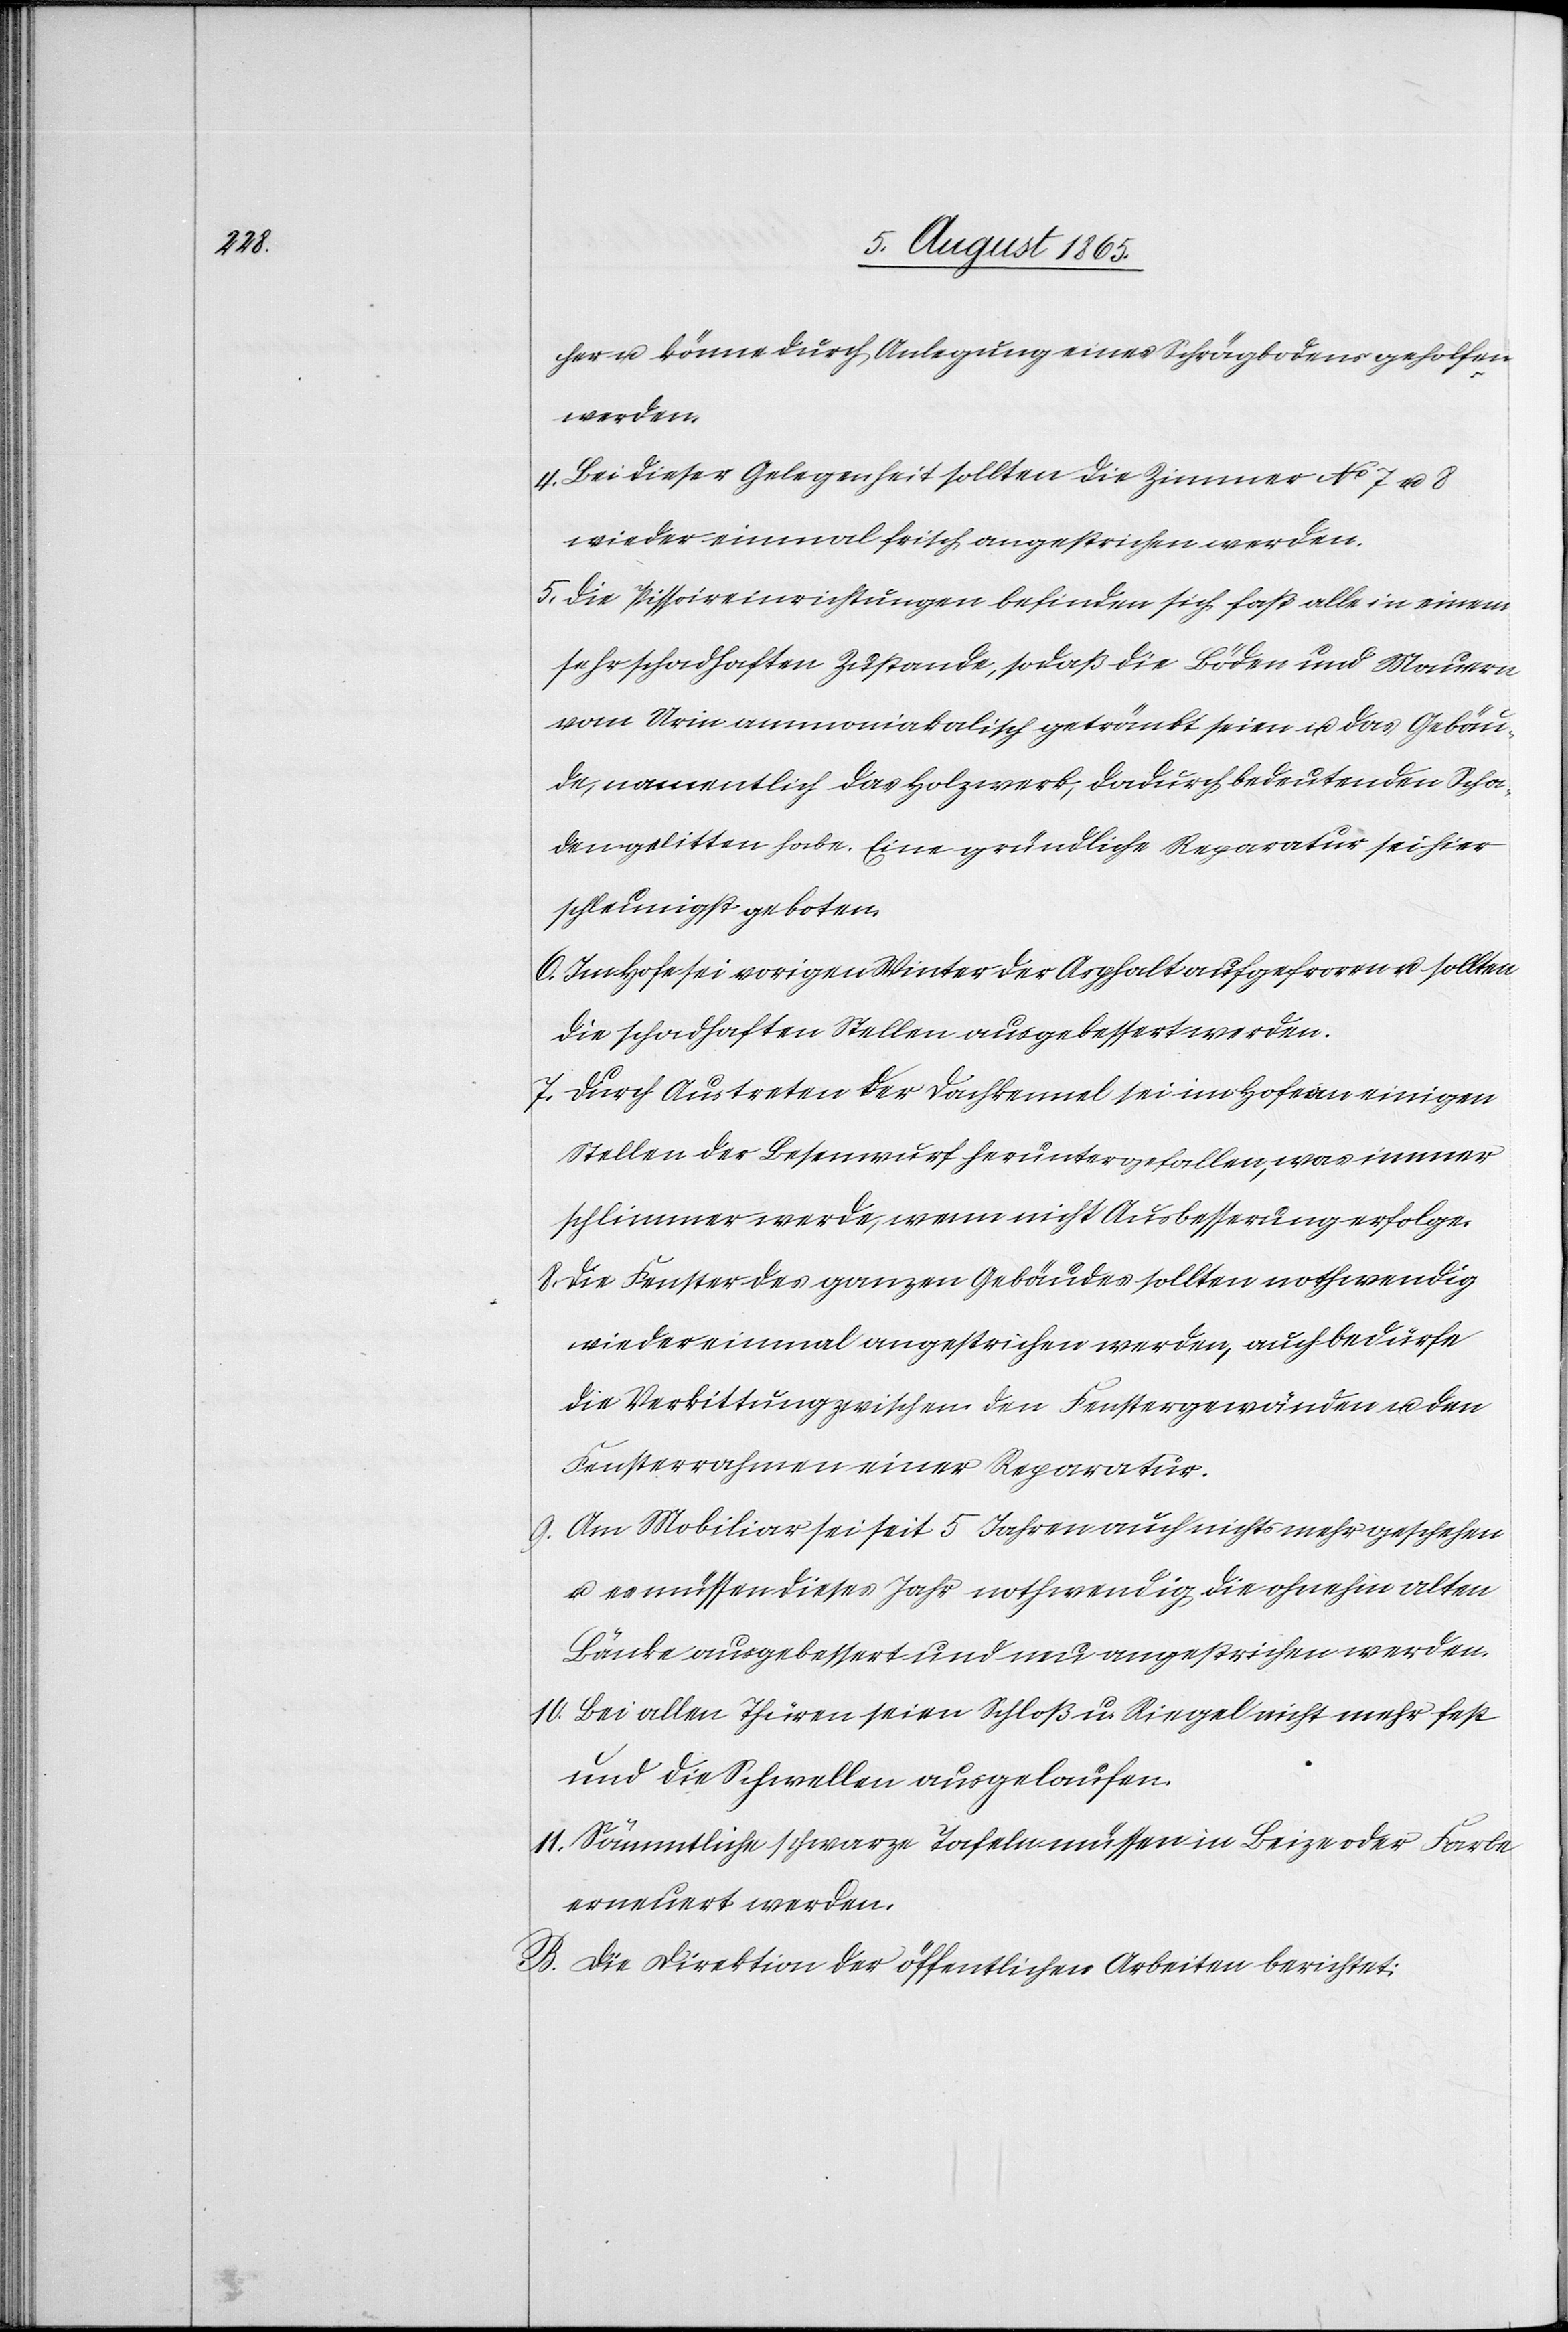
her u. könne durch Anlegung eines Schrägbodens geholfen
werden.
4. Bei dieser Gelegenheit sollten die Zimmer No 7 u. 8
wieder einmal frisch angestrichen werden.
5. Die Pissoireinrichtungen befinden sich fast alle in einem
sehr schadhaften Zustande, sodaß die Böden und Mauern
vom Urin ammoniakalisch getränkt seien u. das Gebäu¬
de, namentlich das Holzwerk, dadurch bedeutenden Scha¬
den gelitten habe. Eine gründliche Reparatur sei hier
schleunigst geboten.
6. Im Hofe sei vorigen Winter der Asphalt aufgefroren u. sollten
die schadhaften Stellen ausgebessert werden.
7. Durch Austreten der Dachkennel sei im Hofe an einigen
Stellen der Besenwurf heruntergefallen, was immer
schlimmer werde, wenn nicht Ausbesserung erfolge.
8. Die Fenster des ganzen Gebäudes sollten nothwendig
wieder einmal angestrichen werden, auch bedürfe
die Verkittung zwischen den Fenstergewänden u. den
Fensterrahmen einer Reparatur.
9. Am Mobiliar sei seit 5 Jahren auch nichts mehr geschehen
u. es müssen dieses Jahr nothwendig die ohnehin alten
Bänke ausgebessert und neu angestrichen werden.
10. Bei allen Thüren seien Schloß u. Riegel nicht mehr fest
und die Schwellen ausgelaufen.
11. Sämmtliche schwarze Tafeln müssen in Beize oder Farbe
erneuert werden.
B. Die Direktion der öffentlichen Arbeiten berichtet: